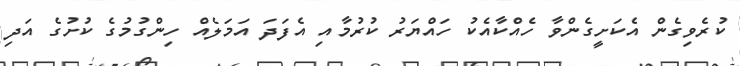
ކުރެވިގެން އެކަށީގެންވާ ހެއްކާއެކު ހައްޔަރު ކުރުމާއި އެފަދަ އަމަލެއް ހިންގުމުގެ ކުށުގެ އަދި